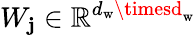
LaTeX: W_{\mathbf{j}}\in\mathbb{{R}}^{d_{\mathrm{{w}}}\timesd_{\mathrm{{w}}}}